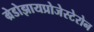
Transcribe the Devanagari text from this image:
म्रेडोझायप्रोजेस्टेरोन